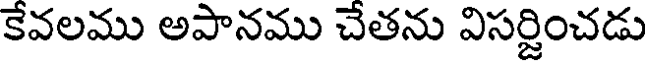
కేవలము అపానము చేతను విసర్జించడు